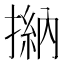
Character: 㨥